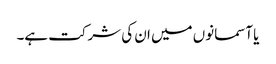
یا آسمانوں میں ان کی شرکت ہے۔